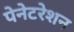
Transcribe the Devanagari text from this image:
पेनेटरेशन